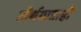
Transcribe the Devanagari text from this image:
तीर्थयात्राही